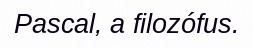
Pascal, a filozófus.